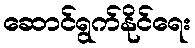
ဆောင်ရွက်နိုင်ရေး